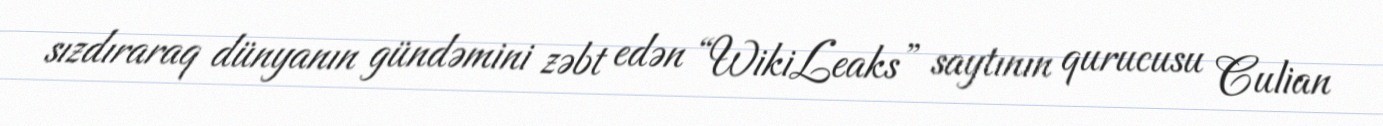
sızdıraraq dünyanın gündəmini zəbt edən “WikiLeaks” saytının qurucusu Culian